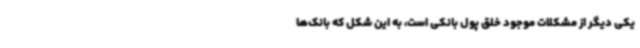
یکی دیگر از مشکلات موجود خلق پول بانکی است، به این شکل که بانک‌ها